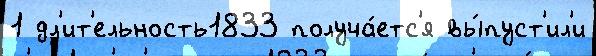
1 дл'ит'ельность1833 получа́етс'я вы́пуст'ил'и